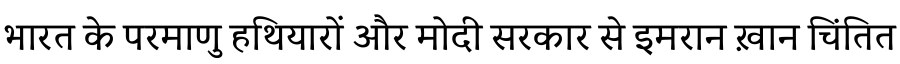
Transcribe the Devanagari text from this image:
भारत के परमाणु हथियारों और मोदी सरकार से इमरान ख़ान चिंतित